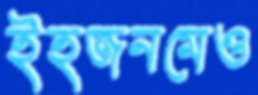
ইহজনমেও